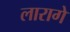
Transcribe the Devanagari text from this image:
लारागे